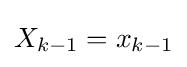
X_{k-1}=x_{k-1}